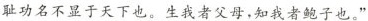
耻功名不显于天下也。\underline{生我者父母，知我者鲍子也}。